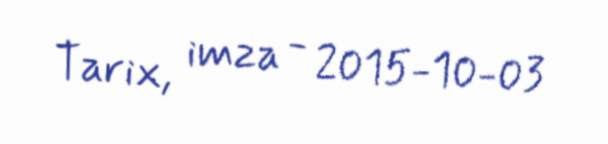
Tarix, imza - 2015-10-03